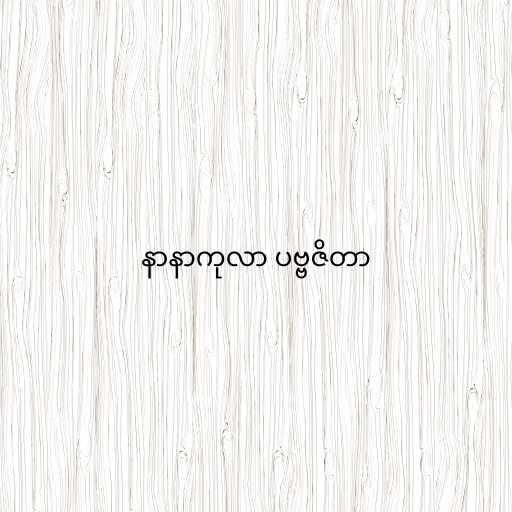
နာနာကုလာ ပဗ္ဗဇိတာ